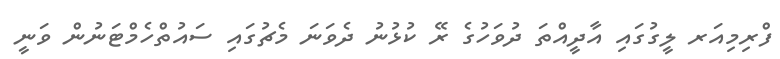
ފްރިމިއަރ ލީގުގައި އާދީއްތަ ދުވަހުގެ ރޭ ކުޅުނު ދެވަނަ މެޗުގައި ސައުތްހެމްޓަނުން ވަނީ